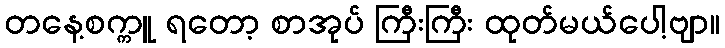
တနေ့စက္ကူ ရတော့ စာအုပ် ကြီးကြီး ထုတ်မယ်ပေါ့ဗျာ။